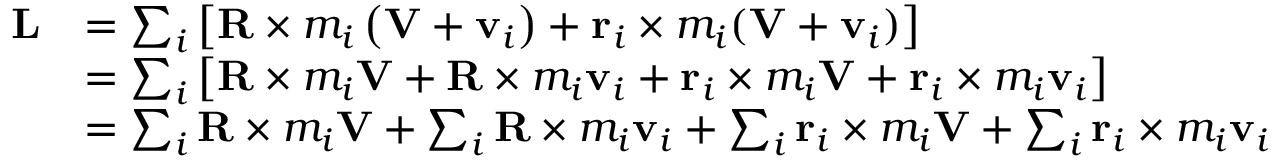
{ \begin{array} { r l } { \mathbf { L } } & { = \sum _ { i } \left[ \mathbf { R } \times m _ { i } \left( \mathbf { V } + \mathbf { v } _ { i } \right) + \mathbf { r } _ { i } \times m _ { i } ( \mathbf { V } + \mathbf { v } _ { i } ) \right] } \\ & { = \sum _ { i } \left[ \mathbf { R } \times m _ { i } \mathbf { V } + \mathbf { R } \times m _ { i } \mathbf { v } _ { i } + \mathbf { r } _ { i } \times m _ { i } \mathbf { V } + \mathbf { r } _ { i } \times m _ { i } \mathbf { v } _ { i } \right] } \\ & { = \sum _ { i } \mathbf { R } \times m _ { i } \mathbf { V } + \sum _ { i } \mathbf { R } \times m _ { i } \mathbf { v } _ { i } + \sum _ { i } \mathbf { r } _ { i } \times m _ { i } \mathbf { V } + \sum _ { i } \mathbf { r } _ { i } \times m _ { i } \mathbf { v } _ { i } } \end{array} }